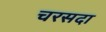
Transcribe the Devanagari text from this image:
चरसदा